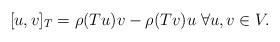
LaTeX: \begin{align*} [u,v]_T=\rho(Tu)v-\rho(Tv)u\;\forall u,v\in V.\end{align*}